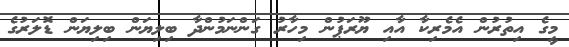
މީގެ އިތުރުން އެމެރިކާ އާއި ޔޫރަޕުން މިހާރު ގަންނަމުންދާ ބިލިޔަން ބިލިޔަން ޑޮލަރުގެ